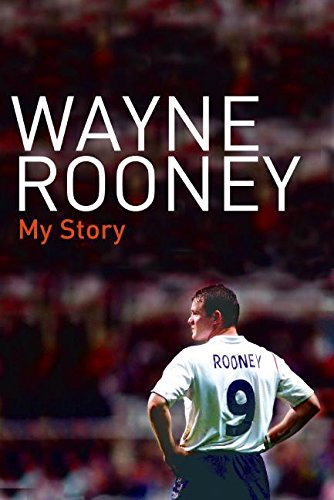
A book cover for Wayne Rooney: My Story; Wayne Rooney; Biographies & Memoirs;